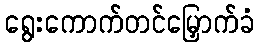
ရွေးကောက်တင်မြှောက်ခံ